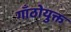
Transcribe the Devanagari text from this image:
गाँठोयुक्त